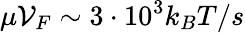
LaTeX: \mu{\cal V}_{F}\sim 3\cdot 10^{3}k_{B}T/s